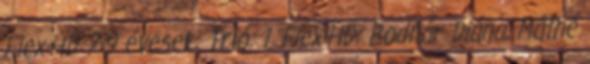
Flex-HD 7-9 évesek: Trió: 1. Flex-HD: Bodnár Diána, Máthé